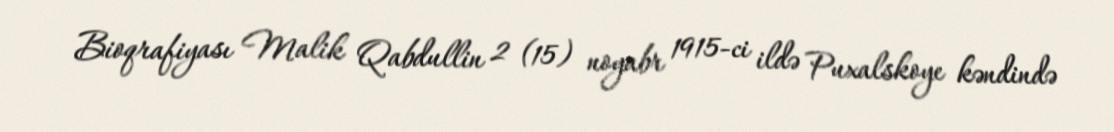
Bioqrafiyası Malik Qabdullin 2 (15) noyabr 1915-ci ildə Puxalskoye kəndində